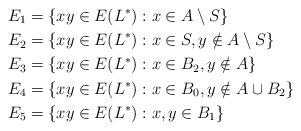
LaTeX: \begin{align*} E_1 &= \{xy \in E(L^*): x \in A \setminus S\} \\ E_2 &= \{xy \in E(L^*): x \in S, y \notin A \setminus S\} \\ E_3 &= \{xy \in E(L^*): x \in B_2, y \notin A\} \\ E_4 &= \{xy \in E(L^*): x \in B_0, y \notin A \cup B_2\} \\ E_5 &= \{xy \in E(L^*): x,y \in B_1\}\end{align*}